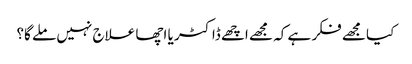
کیا مجھے فکر ہے کہ مجھے اچھے ڈاکٹر یا اچھا علاج نہیں ملے گا؟